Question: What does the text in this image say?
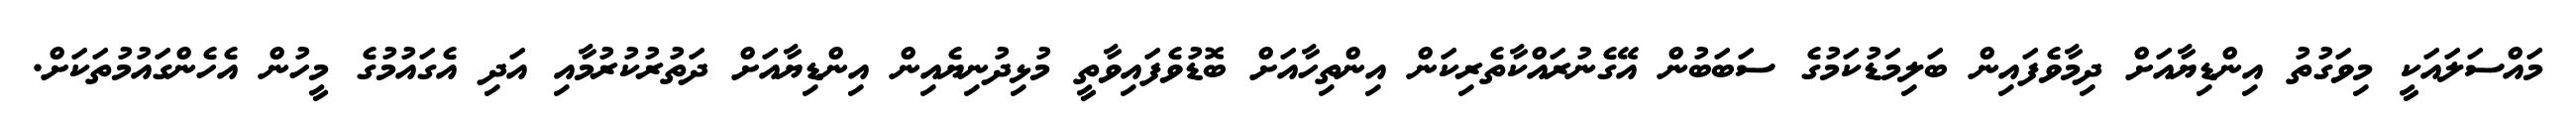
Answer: މައްސަލައަކީ މިވަގުތު އިންޑިޔާއަށް ދިމާވެފައިން ބަލިމަޑުކަމުގެ ސަބަބުން އޭގެނުރައްކާތެރިކަން އިންތިހާއަށް ބޮޑުވެފައިވާތީ މުޅިދުނިޔެއިން އިންޑިޔާއަށް ދަތުރުކުރުމާއި އަދި އެގައުމުގެ މީހުން އެހެންގައުމުތަކަށް.